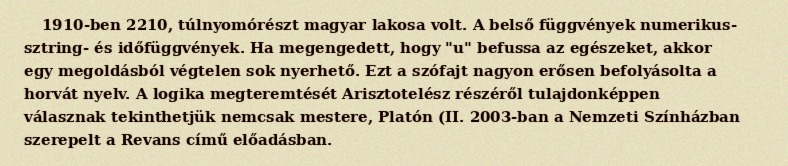
1910-ben 2210, túlnyomórészt magyar lakosa volt. A belső függvények numerikus- sztring- és időfüggvények. Ha megengedett, hogy "u" befussa az egészeket, akkor egy megoldásból végtelen sok nyerhető. Ezt a szófajt nagyon erősen befolyásolta a horvát nyelv. A logika megteremtését Arisztotelész részéről tulajdonképpen válasznak tekinthetjük nemcsak mestere, Platón (II. 2003-ban a Nemzeti Színházban szerepelt a Revans című előadásban.